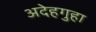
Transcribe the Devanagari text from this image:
अदेहगुहा